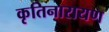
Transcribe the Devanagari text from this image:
कृतिनारायण